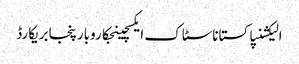
الیکشنپاکستاناسٹاک ایکسچینجکاروبارپنجابریکارڈ